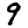
Digit: 9